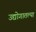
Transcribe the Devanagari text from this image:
उद्योगातल्या